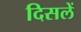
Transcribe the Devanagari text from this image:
दिसलें